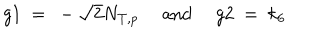
g 1 ~ = ~ - \sqrt { 2 } N _ { T , p } \ \mathrm { a n d } \ g 2 ~ = ~ k _ { 6 }